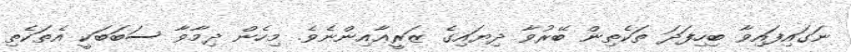
ނަގައިފައިވާ ބިހިފަދަ ތަކެތިން ބޭރުވާ ދިޔައިގެ ޒަރީޢާއިންނެވެ. މިހެން ދިމާވާ ސަބަބަކީ އެތަކެތި